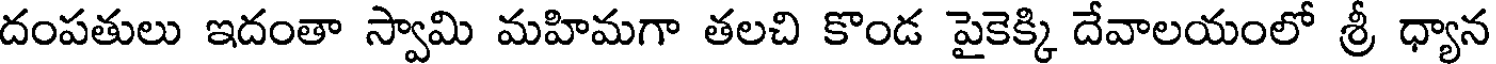
దంపతులు ఇదంతా స్వామి మహిమగా తలచి కొండ పైకెక్కి దేవాలయంలో శ్రీ ధ్యాన